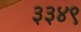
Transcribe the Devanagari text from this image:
३३४९